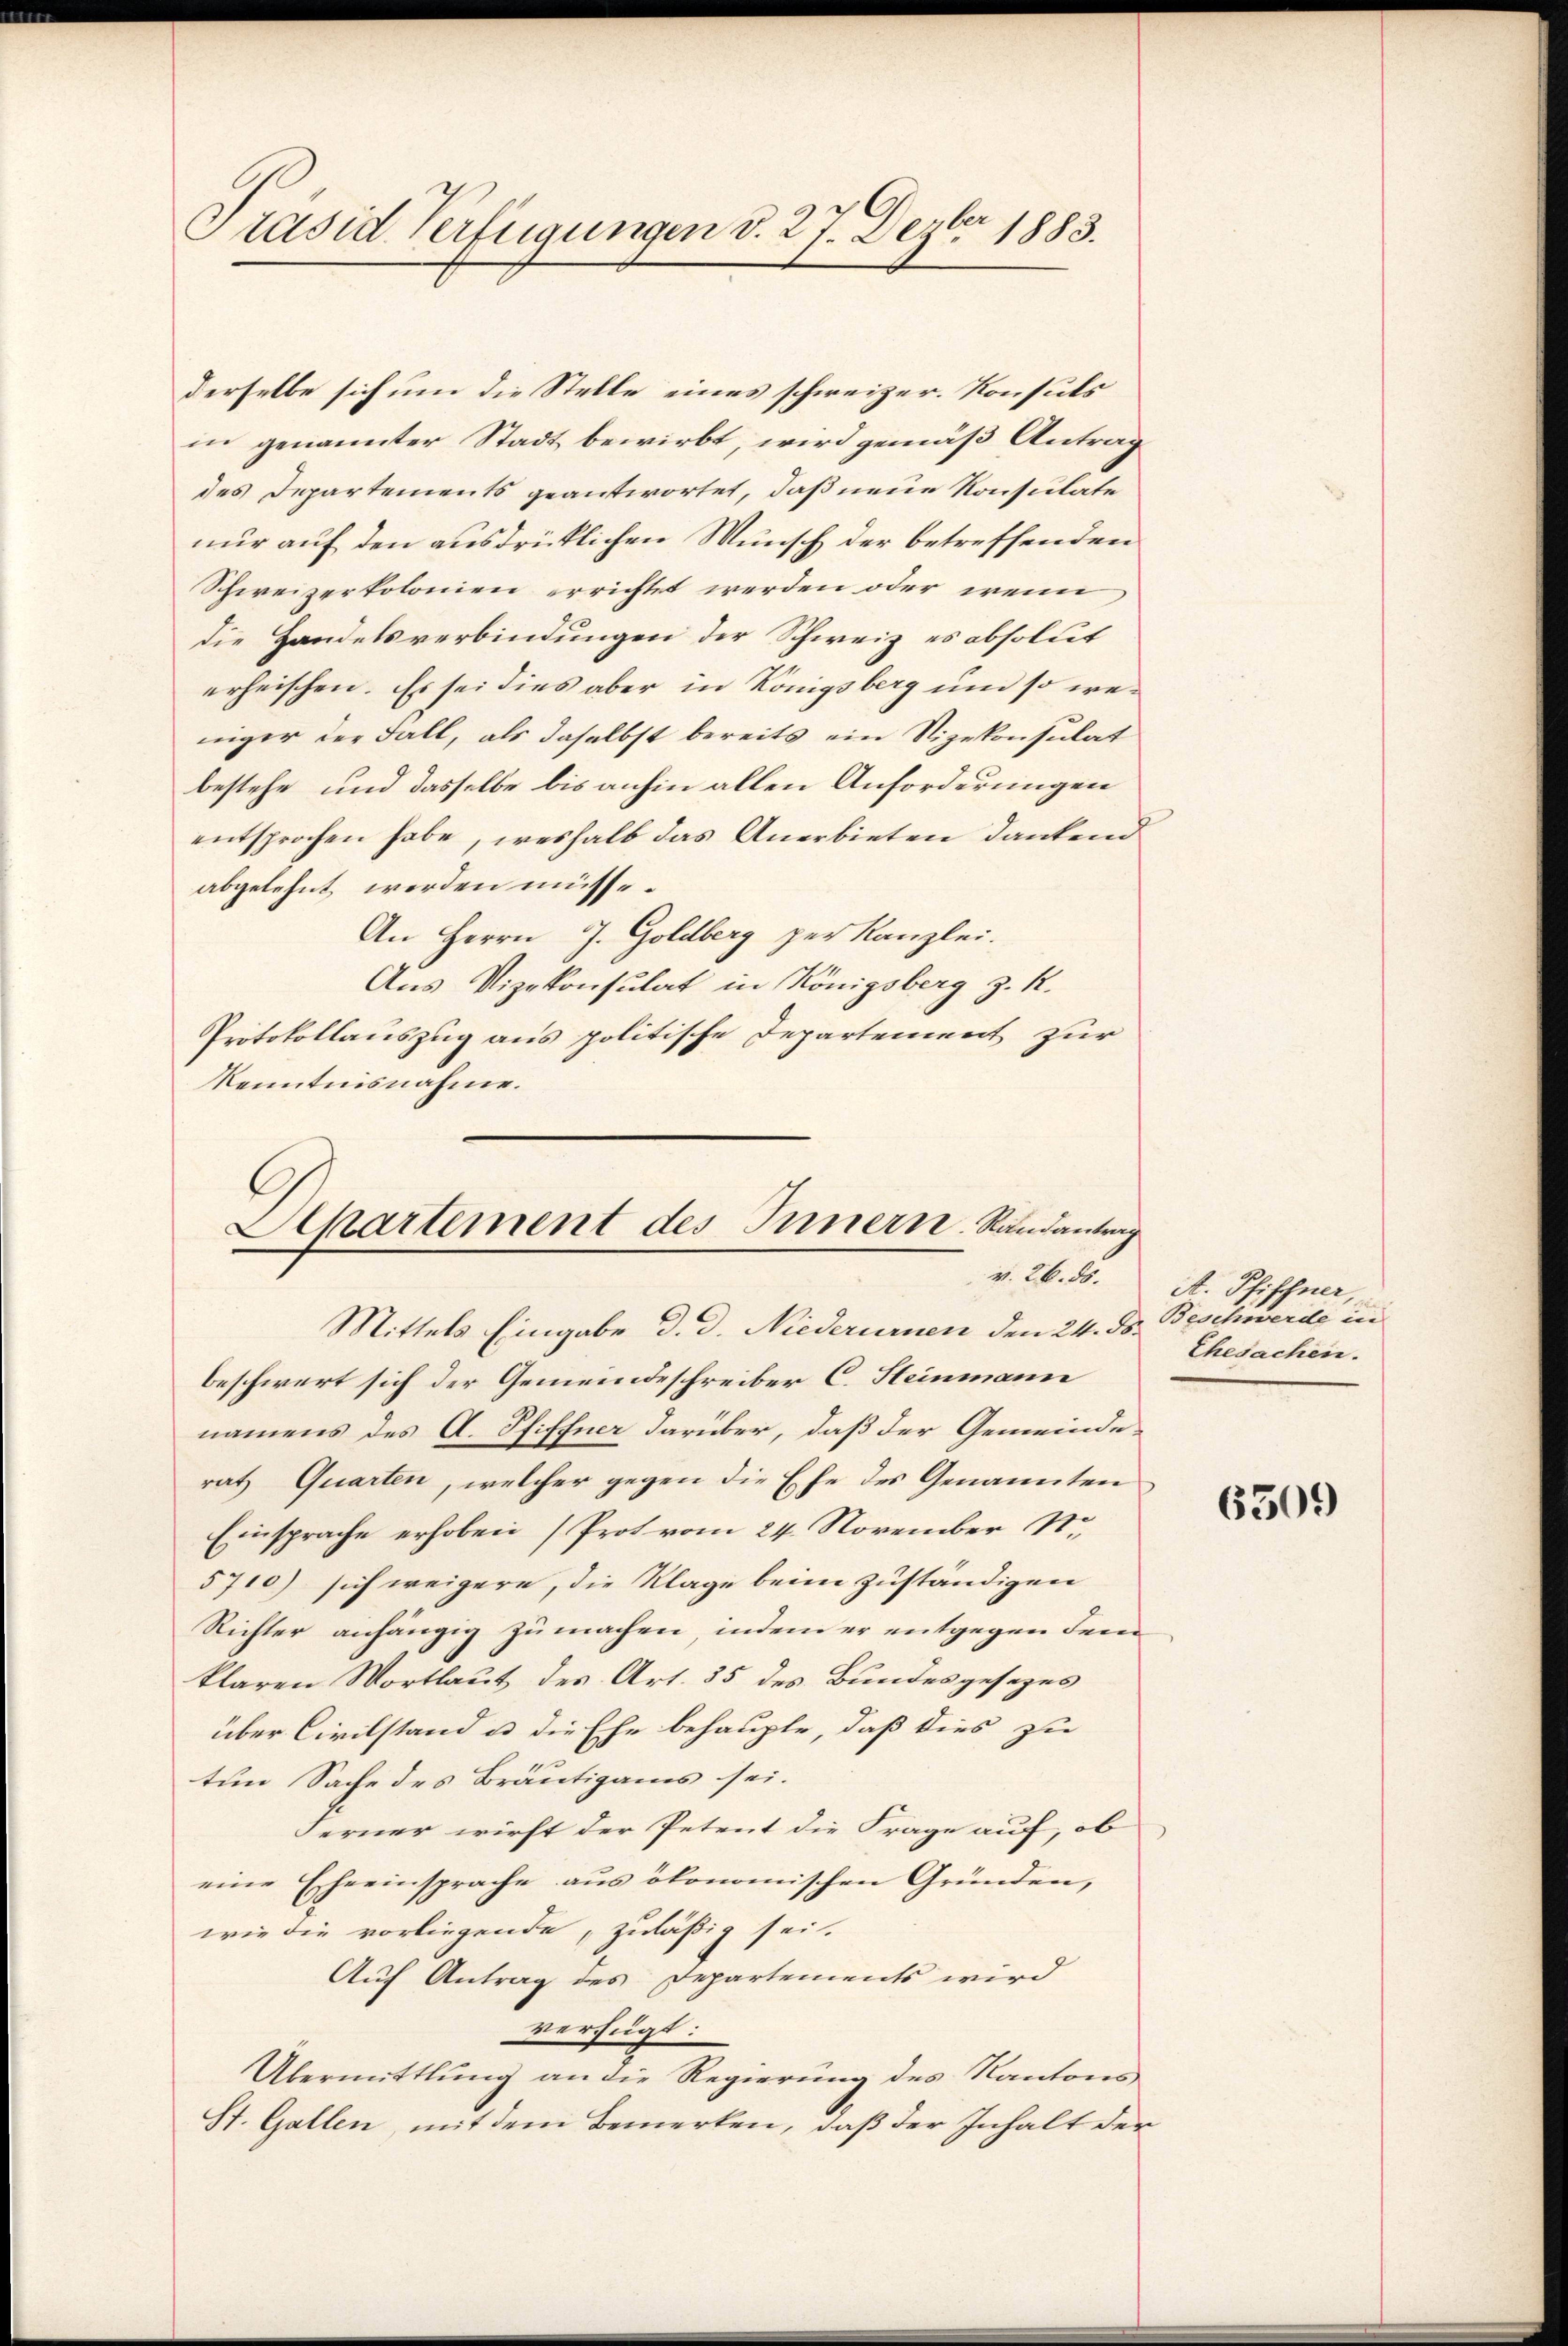
Präsid Verfügungen v. 27. Dezbr 1883.

derselbe sich um die Stelle eines schweizer. Konsuls
in genannter Stadt bewirbt, wird gemäß Antrag
des Departements geantwortet, daß neue Konsuläte
nur auf den ausdrücklichen Wunsch der betreffenden
Schweizerkolonien errichtet werden oder wenn
die Handelsverbindungen der Schweiz es absolut
erheischen. Es sei dies aber in Königsberg und so weniger der Fall, als daselbst bereits ein Vizekonsulat
bestehe und dasselbe bis anhin allen Anforderungen
entsprochen habe, weshalb das Anerbieten dankend
abgelehnt werden müsse.
An Herrn J. Goldberg zur Kanzlei.
Aus Vizekonsulat in Königsberg z. R.
Protokollauszug aus politische Departement zur
Kenntnisnahme.

Mittels Eingabe d. d. Niederurnen den 24. ds. Beschwerde in
beschwert sich der Gemeindeschreiber C. Steinmann
namens des A. Pfiffner darüber, daß der Gemeinderat Quarten, welcher gegen die Ehe des Genannten
Einsprache erhoben (Prot vom 24. November N.
5710) sich weigere, die Klage beim zuständigen
Richter anhängig zu machen, indem er entgegen dem
klaren Wortlaut des Art. 35 des Bundesgesezes
über Civilstand u. die Ehe behaupte, daß dies zu
ten Sache des Bräutigams sei.
Ferner wirft der Petent die Frage auf, ob
eine Eheeinsprache aus ökonomischen Gründen,
wie die vorliegende, zuläßig sei.
Auf Antrag des Departements wird
verfügt:
Übermittlung an die Regierŭng des Kantons
St. Gallen, mit dem Bemerken, daß der Inhalt der

Departement des Innern. Randantrag

v. 26. ds. A. Pfiffner,
Ehesachen.

6509